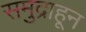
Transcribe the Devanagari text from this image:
समुद्राहून